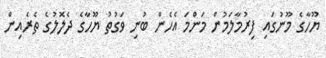
ޔޫހާގެ މޫނުގައި ފިރުމާލަމުން މަންމަ އެހެން ބުނި ވަގުތު ޔޫހާގެ ދެލޮލުގެ ތެރެއިން